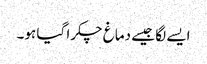
ایسے لگا جیسے دماغ چکرا گیا ہو۔